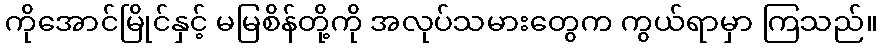
ကိုအောင်မြိုင်နှင့် မမြစိန်တို့ကို အလုပ်သမားတွေက ကွယ်ရာမှာ ကြသည်။